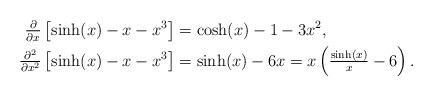
LaTeX: \begin{align*}\tfrac{\partial}{\partial x} \left[\sinh(x) -x-x^3\right] &= \cosh(x) - 1-3x^2, \\\tfrac{\partial^2}{\partial x^2} \left[\sinh(x) -x-x^3 \right]&= \sinh(x) -6x = x\left(\tfrac{\sinh(x)}{x} - 6\right).\\\end{align*}